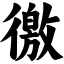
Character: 徼